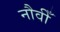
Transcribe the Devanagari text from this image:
नौवीँ